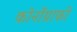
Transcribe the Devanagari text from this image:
कोर्नोग्राफी